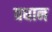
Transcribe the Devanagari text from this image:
वधान